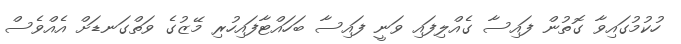
ހުކުމުގައިވާ ގޮތުން ފައިސާ ގެއްލިފައި ވަނީ ފައިސާ ބަހައްޓާފައިހުރި މޭޒުގެ ވަތްގަނޑަށް އެއްވެސް